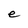
Character: e